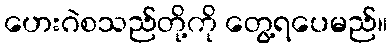
ဟေးဂဲစသည်တို့ကို တွေ့ရပေမည်။